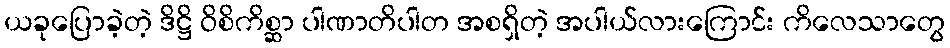
ယခုပြောခဲ့တဲ့ ဒိဋ္ဌိ ဝိစိကိစ္ဆာ ပါဏာတိပါတ အစရှိတဲ့ အပါယ်လားကြောင်း ကိလေသာတွေ